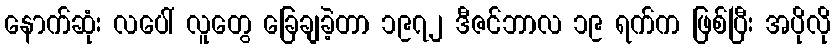
နောက်ဆုံး လပေါ် လူတွေ ခြေချခဲ့တာ ၁၉၇၂ ဒီဇင်ဘာလ ၁၉ ရက်က ဖြစ်ပြီး အပိုလို